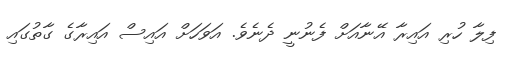
ފިލާ ހުރި އައިރާ އޭނާއަށް ފެނުނީ ދެނެވެ. އަވަހަށް އައިސް އައިރާގެ ގާތުގައި